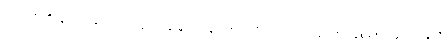
ယခင်ကဆိုလျှင် ကျွန်မသည် လူလားမြောက်ရန်အတွက် မိဘမောင်ဖွားများ၏ ပြုစုစောင့်ရှောက်မှုကို